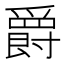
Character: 爵